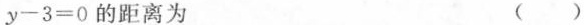
y - 3 = 0$$的距离为 ()